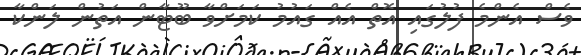
ވެސް އެންމެ ފުލުގައި އޮތް އެއް ގައުމު ކަމަށްވާ ބޫޓާން އަތުން ލަންކާ